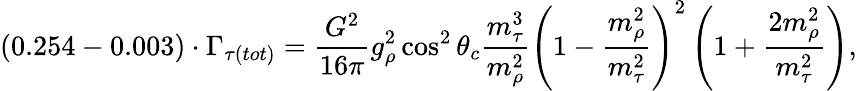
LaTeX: (0.254-0.003)\cdot\Gamma_{\tau(tot)}=\frac{G^{2}}{16\pi}g_{\rho}^{2}\cos^{2}\theta_{c}\frac{m_{\tau}^{3}}{m_{\rho}^{2}}\left(1-\frac{m_{\rho}^{2}}{m_{\tau}^{2}}\right)^{2}\left(1+\frac{2m_{\rho}^{2}}{m_{\tau}^{2}}\right),